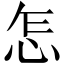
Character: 怎